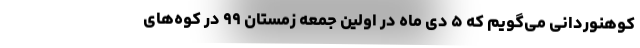
کوهنوردانی می‌گویم که ۵ دی ماه در اولین جمعه زمستان ۹۹ در کوه‌های